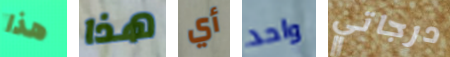
هذا هذا أي واحد درجاتي